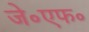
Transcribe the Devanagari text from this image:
जे॰एफ॰